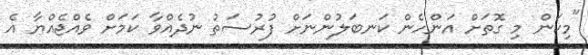
"މިކަން މި ގޮތަށް އަންހެން ކަނބަލުންނަށް ފުރުސަތު ނުދެއްވާ ކަމަށް ވެއްޖެއްޔާ އެ